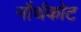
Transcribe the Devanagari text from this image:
नौर्थकोट